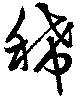
稀